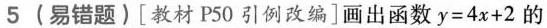
5 (易错题)[教材P50引例改编]画出函数y=4x+2的